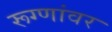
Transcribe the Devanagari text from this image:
रूग्णांवर